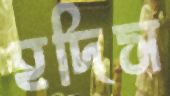
হদিস